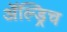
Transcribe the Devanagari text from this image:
ॲल्ड्रिच